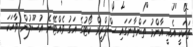
ތަކަކީ އެއީ އާންމު ތަންތާނަގައި ސްޕްރީމް ކޯޓުގެ އަގު ވެއްޓޭނެ އުސޫލުން ވާހަކަ